Vaccination in Bombay 1889-1901 - 1889-1901
Year: 1889
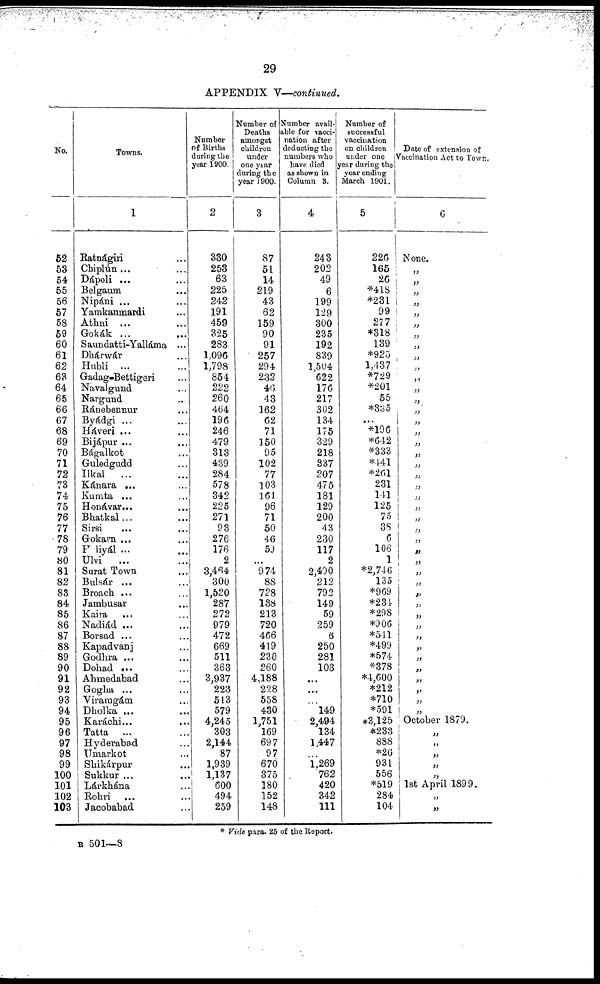
29
APPENDIX V—continued.
No.
52
53
54
55
56
57
58
59
60
61
62
63
64
65
66
67
68
69
70
71
72
73
74
75
76
77
78
79
80
81
82
83
84
85
86
87
88
89
90
91
92
93
94
95
96
97
98
99
100
101
102
103
Towns.
1
Ratnágiri ...
Chiplún... ...
Dápoli ... ...
Belgaum ...
Nipáni ... ...
Yamkanmardi ...
Athni ... ...
Gokák ... ...
Saundatti-Yalláma ...
Dhárwár ...
Hubli ... ...
Gadag-Bettigeri ...
Navalgund ...
Nargund ...
Ránebennur ...
Byádgi ... ...
Háveri ... ...
Bijápur ... ...
Bágalkot ...
Guledgudd ...
Ilkal
... ...
Kánara ... ...
Kumta ... ...
Honávar... ...
Bhatkal... ...
Sirsi ... ...
Gokarn ... ...
Haliyál ... ...
Ulvi
... ...
Surat Town
Bulsár ... ...
Broach ... ...
Jambusar ... ...
Kaira ... ...
Nadiád ... ...
Borsad ... ...
Kapadvanj ...
Godhra ... ...
Dohad ... ...
Ahmedabad ...
Gogha ... ...
Viramgám ...
Dholka ... ...
Karáchi... ...
Tatta ... ...
Hyderabad ...
Umarkot ...
Shikárpur ...
Sukkur ...
Lárkhána
Rohri ... ...
Jacobabad ...
Number
of Births
during the
year 1900.
2
330
253
63
225
242
191
459
325
283
1,096
1,798
854
222
260
464
196
246
479
313
439
284
578
342
225
271
93
276
176
2
3,464
300
1,520
287
272
979
472
669
511
363
3,937
223
513
579
4,245
303
2,144
87
1,939
1,137
600
494
259
Number of
Deaths
amongst
children
under
one year
during the
year 1900.
3
87
51
14
219
43
62
159
90
91
257
294
232
46
43
162
62
71
150
95
102
77
103
161
96
71
50
46
59
...
974
88
728
138
213
720
466
419
230
260
4,188
228
558
430
1,751
169
697
97
670
375
180
152
148
Number avail-
able for vacci-
nation after
deducting the
numbers who
have died
as shown in
Column 3.
4
243
202
49
6
199
129
300
235
192
839
1,504
622
176
217
302
134
175
329
218
337
207
475
181
129
200
43
230
117
2
2,400
212
792
149
59
259
6
250
281
103
...
...
...
l49
2,494
134
1,447
...
1,269
762
420
342
111
Number of
successful
vaccination
on children
under one
year during the
year ending
March 1901.
5
226
165
26
*418
*231
99
277
*318
139
*925
1,437
*729
*201
55
*335
...
*196
*642
*333
*441
*261
231
141
125
75
38
6
106
1
*2,746
135
*969
*234
*298
*906
*541
*499
*574
*378
*4,600
*212
*710
*591
*3,125
*233
888
*26
931
556
*519
284
104
Date of extension of
Vaccination Act to Town.
6
None.
„
„
„
„
„
„
„
„
„
„
„
„
„
„
„
„
„
„
„
„
„
„
„
„
„
„
„
„
„
„
„
„
„
„
„
„
„
„
„
„
„
„
October 1879.
„
„
„
„
„
1st April 1899.
„
„
* Vide para. 25 of the Report.
B 501—8